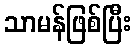
သာမန်ဖြစ်ပြီး